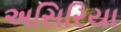
અસિરિયા